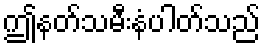
ဤနတ်သမီးနံပါတ်သည်